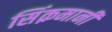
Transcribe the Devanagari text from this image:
सिंक़मानी